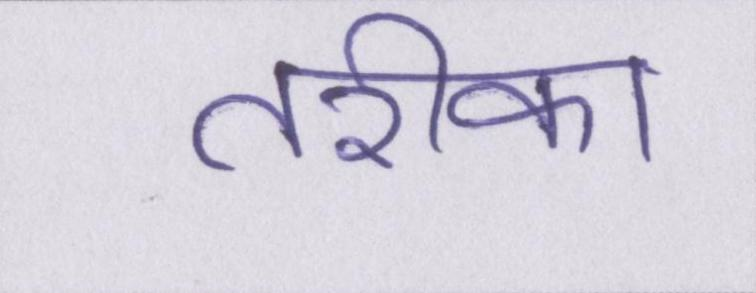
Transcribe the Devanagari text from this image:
तरीका